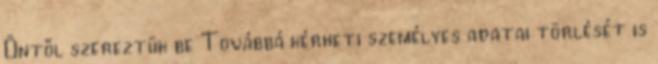
Öntől szereztük be Továbbá kérheti személyes adatai törlését is